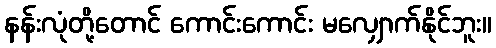
နန်းလုံတို့တောင် ကောင်းကောင်း မလျှောက်နိုင်ဘူး။